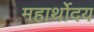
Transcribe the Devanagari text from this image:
महार्थोदय